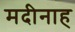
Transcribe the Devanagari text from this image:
मदीनाह